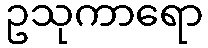
ဥသုကာရော